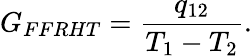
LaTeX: G_{FFRHT}=\frac{q_{12}}{T_{1}-T_{2}}{.}